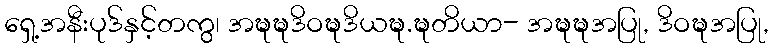
ရှေ့အနီးပုဒ်နှင့်တကွ၊ အဍ္ဎဍ္ဎဒိဝဍ္ဎဒိယဍ္ဎ.ဍ္ဎတိယာ- အဍ္ဎဍ္ဎအပြု, ဒိဝဍ္ဎအပြု,